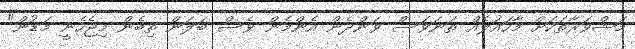
މަޝްވަރާތަކަށް މާހައުލެއް ތަނަވަސް ވަންދެން އެންމެން ވެސް ބަލަން ތިބެން މިޖެހެނީ މަޑުން"